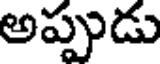
అప్పుడు